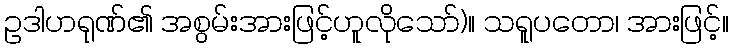
ဥဒါဟရုဏ်၏ အစွမ်းအားဖြင့်ဟူလိုသော်)။ သရူပတော၊ အားဖြင့်။